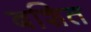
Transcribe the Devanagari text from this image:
बशित